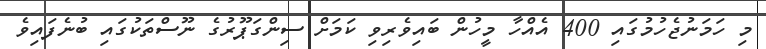
މި ހަމަނުޖެހުމުގައި 400 އެއްހާ މީހުން ބައިވެރިވި ކަމަށް ސިންގަޕޫރުގެ ނޫސްތަކުގައި ބުނެފައިވެ